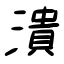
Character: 潰